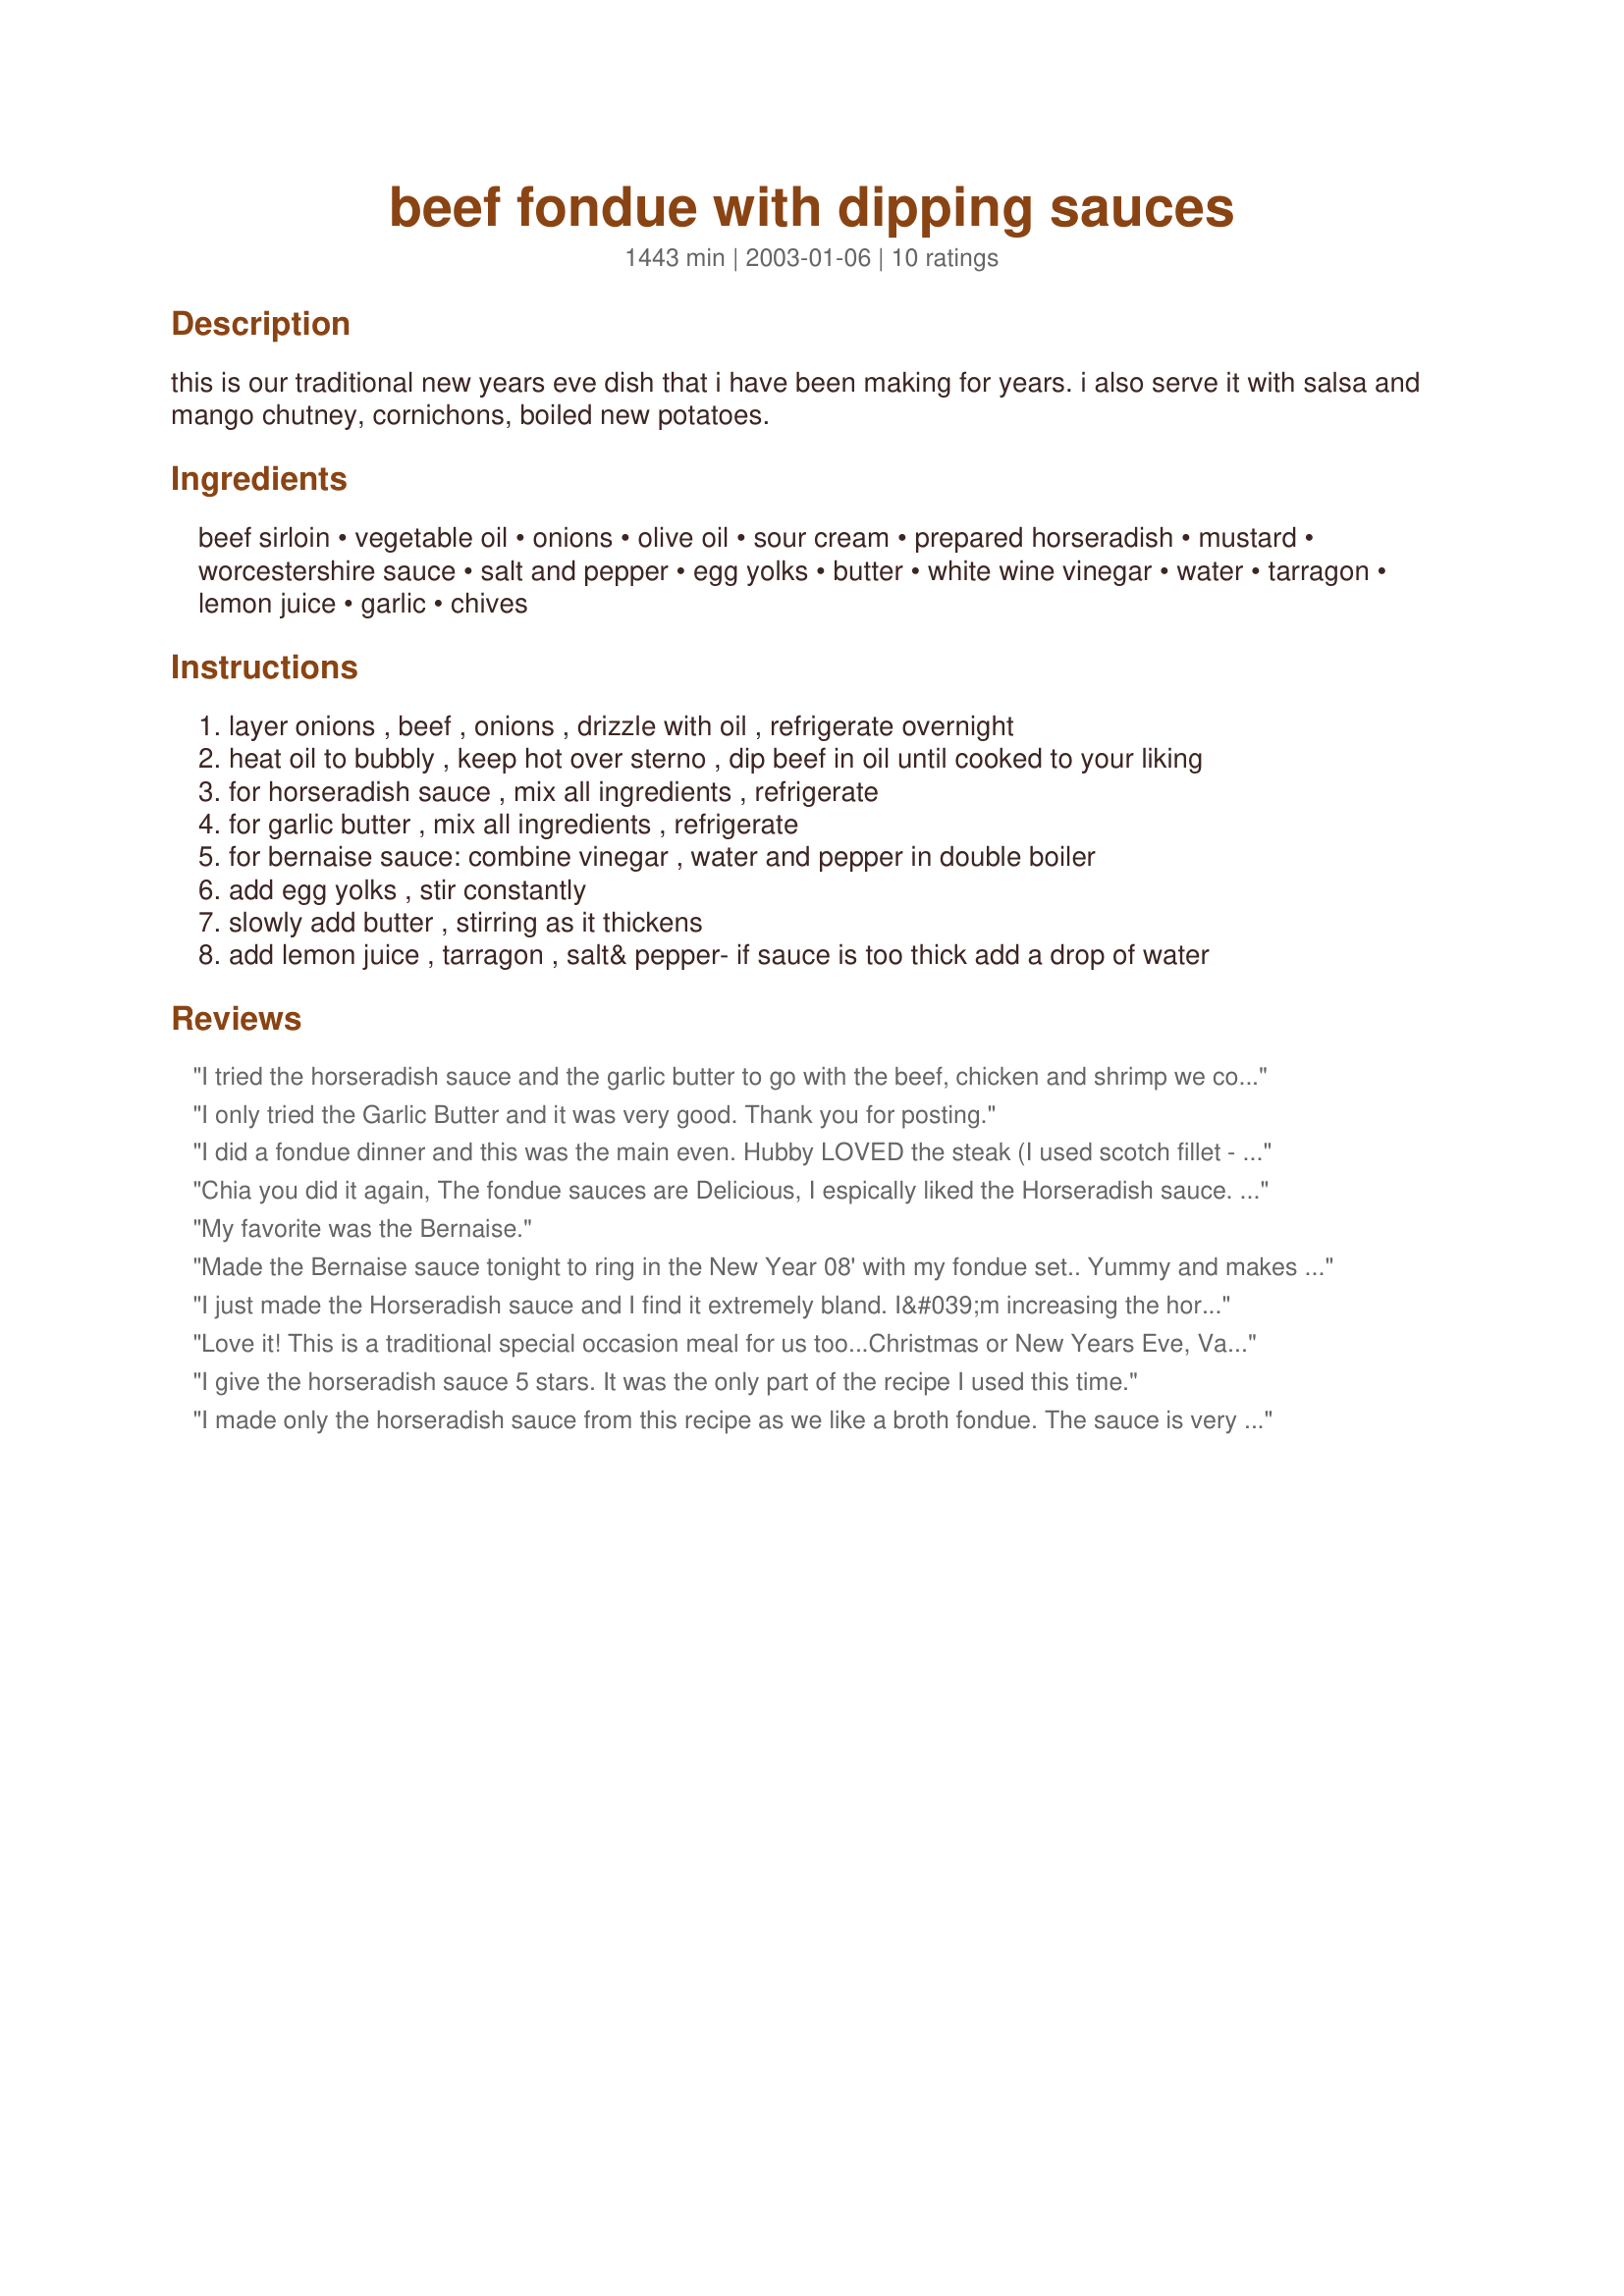
beef fondue with dipping sauces
Preparation time: 1443 minutes

this is our traditional new years eve dish that i have been making for years. i also serve it with salsa and mango chutney, cornichons, boiled new potatoes.

Ingredients:
beef sirloin, vegetable oil, onions, olive oil, sour cream, prepared horseradish, mustard, worcestershire sauce, salt and pepper, egg yolks, butter, white wine vinegar, water, tarragon, lemon juice, garlic, chives

Steps:
layer onions , beef , onions , drizzle with oil , refrigerate overnight
heat oil to bubbly , keep hot over sterno , dip beef in oil until cooked to your liking
for horseradish sauce , mix all ingredients , refrigerate
for garlic butter , mix all ingredients , refrigerate
for bernaise sauce: combine vinegar , water and pepper in double boiler
add egg yolks , stir constantly
slowly add butter , stirring as it thickens
add lemon juice , tarragon , salt& pepper- if sauce is too thick add a drop of water

Reviews:
I tried the horseradish sauce and the garlic butter to go with the beef, chicken and shrimp we cooked in the Imperial Fondue broth. I liked the horseradish sauce but a couple of people thought it lacked kick. Maybe a little less sour cream and a little more horseradish next time? The garlic butter was out of this world....but then I'm a huge garlic fan!! I doubled the garlic and was generous with the chives (I used dried chives). This tasted great with the shrimp and was really good on bread too!!
I only tried the Garlic Butter and it was very good. Thank you for posting.
I did a fondue dinner and this was the main even. Hubby LOVED the steak (I used scotch fillet - rib eye equivalent?) and cubed it and cooked it in a hot cast iron skillet (instead of adding onion and oil and refrigerating). I also did some chicken breasts the same way. It was so yummy!

For the horseradish sauce, we didn't have horseradish, so we used some nice Dijon mustard and a bit of wasabi (you know...that green stuff that goes on sushi) and cut back on the other mustard. This sauce was the hit of the sauces!

For the Bearnaise sauce, I didn't change any ingredients but didn't have time to allow the butter to get soft. I ended up making this twice because the butter separated and we ate it in it's substandard, separated state - and it was still VERY good. Don't know what I did wrong...maybe too much butter?

The garlic butter sauce was SUPERB! It's got bite! Can't wait to try it with grilled shrimp or snow crab legs!

Thanks for this excellent recipe! Will be doing it again (and soon, I think).
Chia you did it again, The fondue sauces are Delicious, I espically liked the Horseradish sauce. I also served baked potatoes andHerbed sauteed mushrooms with it , The Garlic butter was also great on the baked potato. DH liked the Bernaise Sauce. I put the oil in another pan and fried a Potato in it. Therefore the oil is not wasted.(a potato cleans the oil)
My favorite was the Bernaise.
Made the Bernaise sauce tonight to ring in the New Year 08' with my fondue set.. Yummy and makes a lot.. We have left-overs that we are planning on using as a mock holiday sauce tomorrow morning over eggs.. Thanks for the post..
I just made the Horseradish sauce and I find it extremely bland. I&#039;m increasing the horseradish trying to get some kind of kick in it.
Love it! This is a traditional special occasion meal for us too...Christmas or New Years Eve, Valentines Day, Anniversary. A great way to relax over dinner!

The sauces were great. We always served clarified butter, but LOVE the garlic butter here. If I might add one more of our super easy favorites, mix sour cream and A-1 sauce (about 2 parts to 1). Creamy with just the right amount of seasoning to perk up the steak chunks!

I like to serve Steak Fondue with a Baked Potato and a big salad.

I'm always suprised how many people have never had fondue. Suprise someone by planning this fun and yummy recipe!
I give the horseradish sauce 5 stars. It was the only part of the recipe I used this time.
I made only the horseradish sauce from this recipe as we like a broth fondue. The sauce is very good and will definately be made again. I did not rate with stars as I only made part of the recipe. Excellent sauce - thanks!
